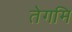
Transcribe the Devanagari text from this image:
तेगमि